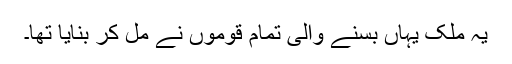
یہ ملک یہاں بسنے والی تمام قوموں نے مل کر بنایا تھا۔